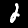
Digit: 2